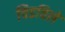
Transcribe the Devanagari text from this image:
चिडविले